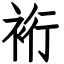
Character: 裄